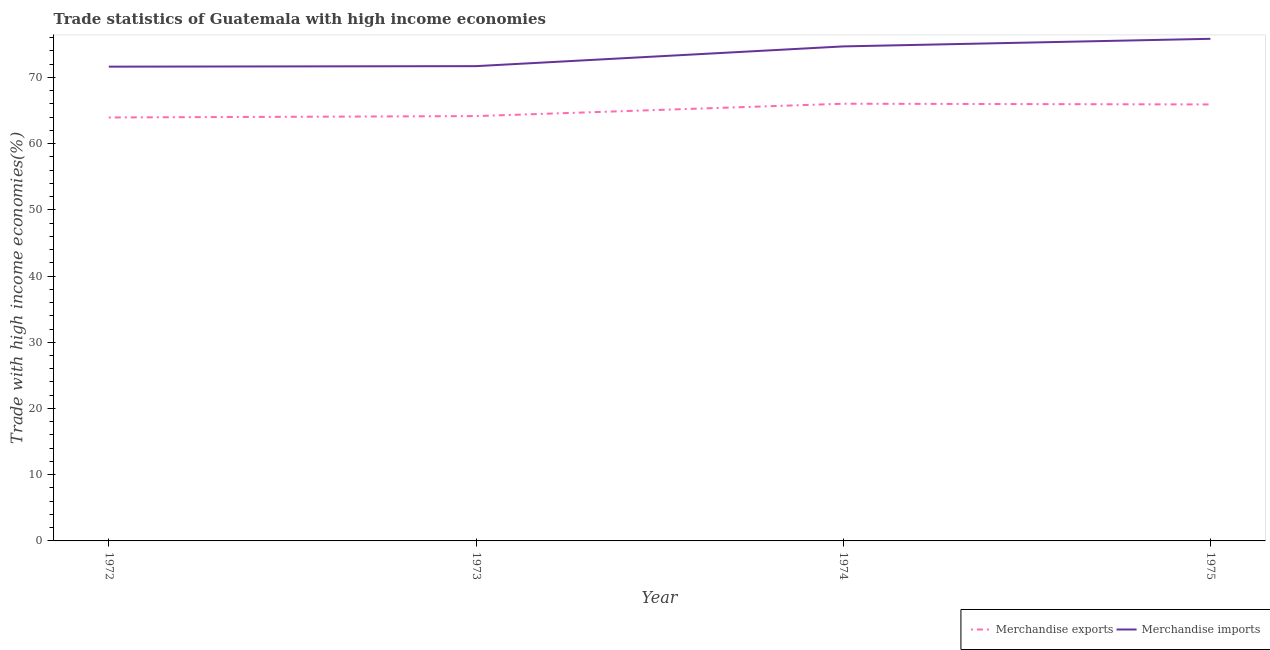
| Year | Merchandise exports | Merchandise imports |
 | --- | --- | --- |
 | 1972 | 63.9 | 71.6 |
 | 1973 | 64.1 | 71.7 |
 | 1974 | 66 | 74.7 |
 | 1975 | 65.9 | 75.8 |